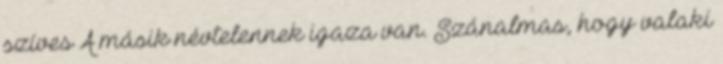
szíves A másik névtelennek igaza van. Szánalmas, hogy valaki